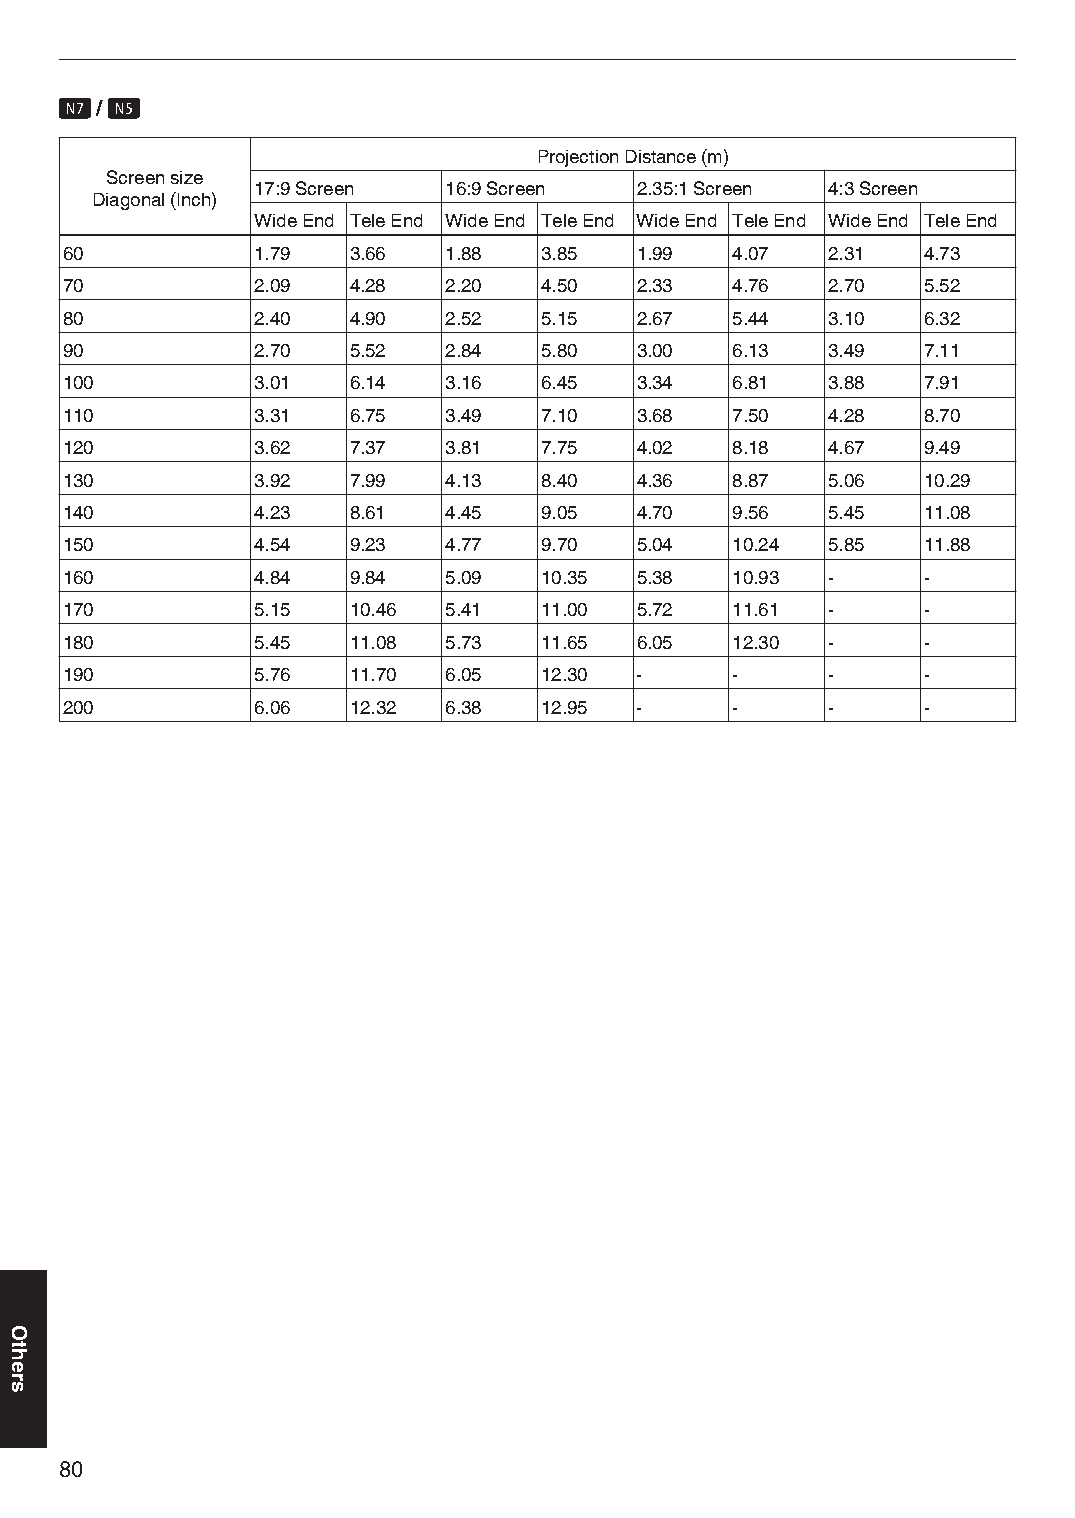
u / q
 Projection Distance (m)
 Screen size
 17:9 Screen 16:9 Screen  2.35:1 Screen 4:3 Screen
 Diagonal (Inch)
 Wide End Tele End Wide End Tele End Wide End Tele End Wide End Tele End
 60           1.79  3.66  1.88   3.85  1.99  4.07   2.31  4.73
 70           2.09  4.28  2.20   4.50  2.33  4.76   2.70  5.52
 80           2.40  4.90  2.52   5.15  2.67  5.44   3.10  6.32
 90           2.70  5.52  2.84   5.80  3.00  6.13   3.49  7.11
 100          3.01  6.14  3.16   6.45  3.34  6.81   3.88  7.91
 110          3.31  6.75  3.49   7.10  3.68  7.50   4.28  8.70
 120          3.62  7.37  3.81   7.75  4.02  8.18   4.67  9.49
 130          3.92  7.99  4.13   8.40  4.36  8.87   5.06  10.29
 140          4.23  8.61  4.45   9.05  4.70  9.56   5.45  11.08
 150          4.54  9.23  4.77   9.70  5.04  10.24  5.85  11.88
 160          4.84  9.84  5.09   10.35 5.38  10.93  -     -
 170          5.15  10.46 5.41   11.00 5.72  11.61  -     -
 180          5.45  11.08 5.73   11.65 6.05  12.30  -     -
 190          5.76  11.70 6.05   12.30 -     -      -     -
 200          6.06  12.32 6.38   12.95 -     -      -     -
 80
 Others